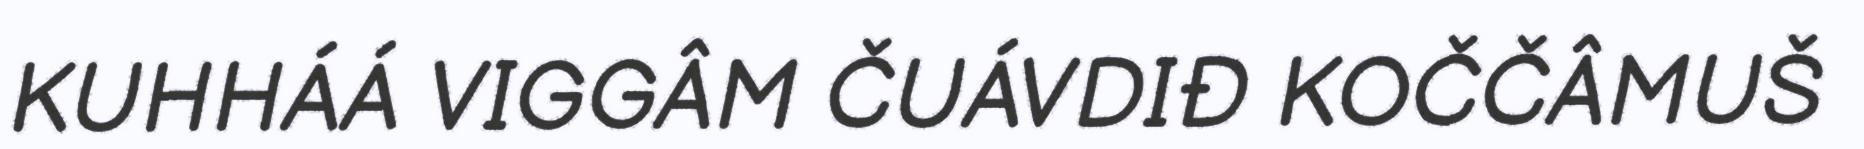
KUHHÁÁ VIGGÂM ČUÁVDIĐ KOČČÂMUŠ